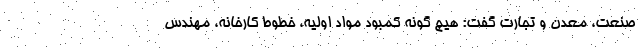
صنعت، معدن و تجارت گفت: هیچ گونه کمبود مواد اولیه، خطوط کارخانه، مهندس